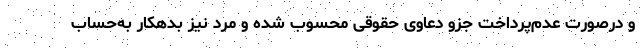
و درصورت عدم‌پرداخت جزو دعاوی حقوقی محسوب شده و مرد نیز بدهکار به‌حساب